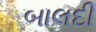
બાલદી